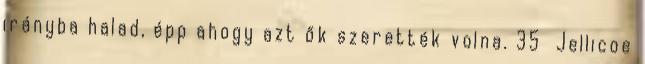
irányba halad, épp ahogy azt ők szerették volna. 35 Jellicoe